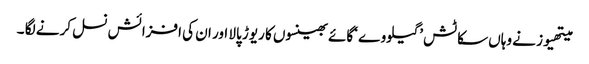
میتھیوز نے وہاں سکاٹش ’گیلووے ‘گائے بھینسوں کا ریوڑ پالا اور ان کی افزائش نسل کرنے لگا ۔